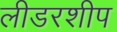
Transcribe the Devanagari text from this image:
लीडरशीप